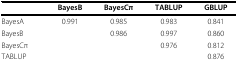
<table><thead><tr><td></td><td><b>BayesB</b></td><td><b>BayesCπ</b></td><td><b>TABLUP</b></td><td><b>GBLUP</b></td></tr></thead><tbody><tr><td>BayesA</td><td>0.991</td><td>0.985</td><td>0.983</td><td>0.841</td></tr><tr><td>BayesB</td><td></td><td>0.986</td><td>0.997</td><td>0.860</td></tr><tr><td>BayesCπ</td><td></td><td></td><td>0.976</td><td>0.812</td></tr><tr><td>TABLUP</td><td></td><td></td><td></td><td>0.876</td></tr></tbody></table>